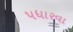
પધારવા